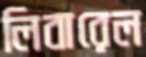
লিবারেল